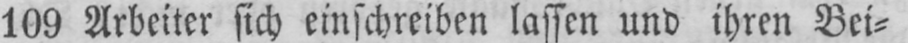
109 Arbeiter sich einschreiben lassen und ihren Bei⸗